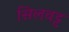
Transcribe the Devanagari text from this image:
सिलवट्ट